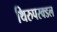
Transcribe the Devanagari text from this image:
थिरुपरक्डल